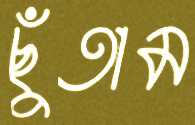
ছুঁতাম